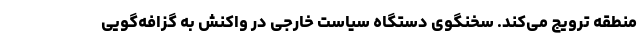
منطقه ترویج می‌کند. سخنگوی دستگاه سیاست خارجی در واکنش به گزافه‌گویی